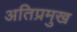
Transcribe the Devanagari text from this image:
अतिप्रमुख